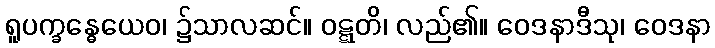
ရူပက္ခန္ဓေယေဝ၊ ၌သာလဆင်။ ဝဋ္ဋတိ၊ လည်၏။ ဝေဒနာဒီသု၊ ဝေဒနာ